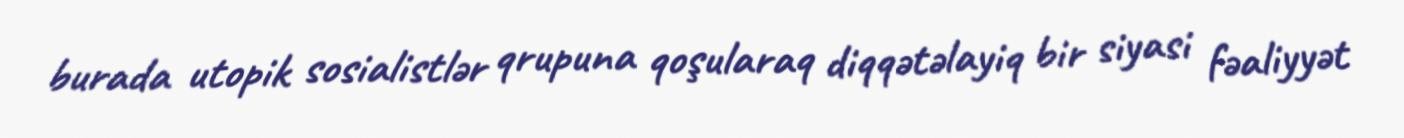
burada utopik sosialistlər qrupuna qoşularaq diqqətəlayiq bir siyasi fəaliyyət